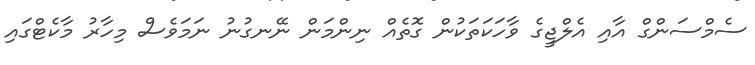
ސެމްސަންގް އާއި އެލްޖީގެ ވާހަކަތަކުން ގޮތެއް ނިންމަން ނޭނގުނު ނަމަވެސް މިހާރު މާކެޓްގައި